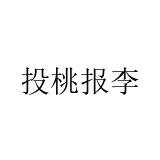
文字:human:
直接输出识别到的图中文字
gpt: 投桃报李